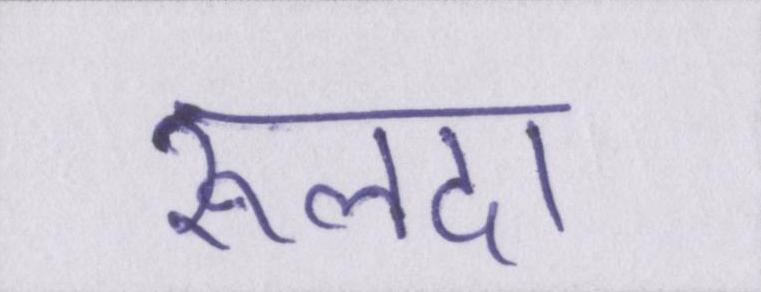
रूलदा